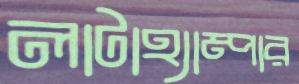
লাটাহ্যাম্পার